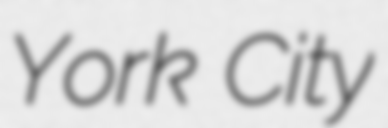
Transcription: York City